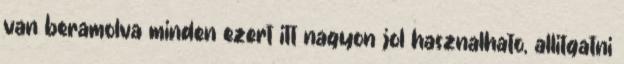
van beramolva minden ezert itt nagyon jol hasznalhato, allitgatni